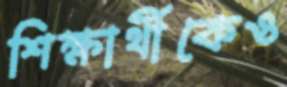
শিক্ষার্থীকেও